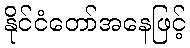
နိုင်ငံတော်အနေဖြင့်